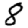
Digit: 8